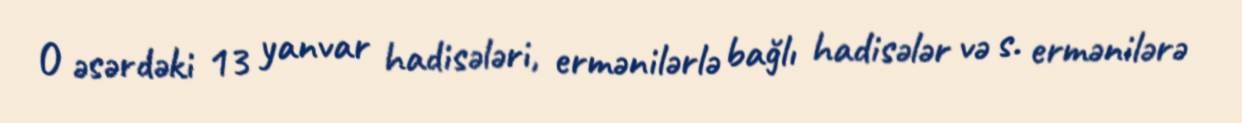
O əsərdəki 13 yanvar hadisələri, ermənilərlə bağlı hadisələr və s. ermənilərə